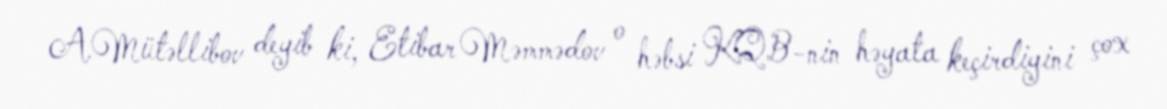
A.Mütəllibov deyib ki, Etibar Məmmədov o həbsi KQB-nin həyata keçirdiyini çox